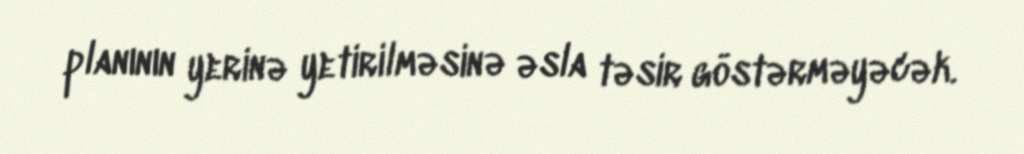
planının yerinə yetirilməsinə əsla təsir göstərməyəcək.